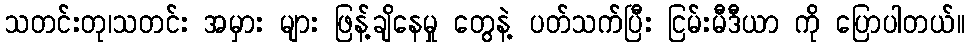
သတင်းတု၊သတင်း အမှား များ ဖြန့်ချိနေမှု တွေနဲ့ ပတ်သက်ပြီး ငြမ်းမီဒီယာ ကို ပြောပါတယ်။